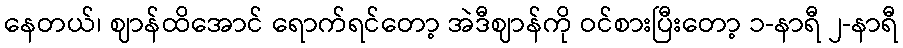
နေတယ်၊ ဈာန်ထိအောင် ရောက်ရင်တော့ အဲဒီဈာန်ကို ဝင်စားပြီးတော့ ၁-နာရီ ၂-နာရီ